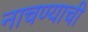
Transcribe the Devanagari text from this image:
नाचण्याची